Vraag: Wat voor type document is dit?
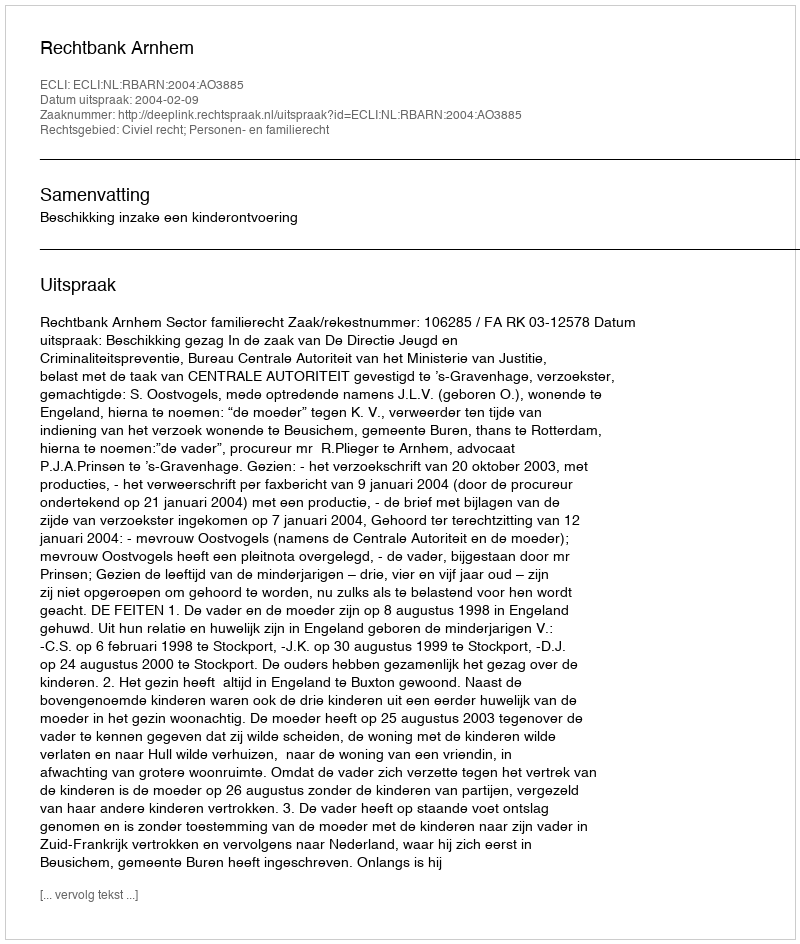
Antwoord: Uitspraak